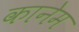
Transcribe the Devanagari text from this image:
कानेम